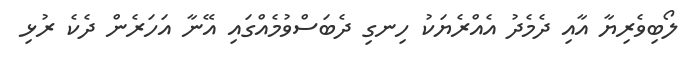
ލޯބިވެރިޔާ އާއި ދެމެދު އެއްރެޔަކު ހިނގި ދެބަސްވުމެއްގައި އޭނާ އަހަރެން ދެކެ ރުޅި